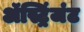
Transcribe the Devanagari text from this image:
ॲस्ट्रिंजंट